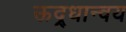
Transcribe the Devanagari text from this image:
ऊद्र्धान्वय